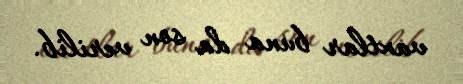
vaxtlar buna da son verilib.